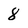
Character: 8